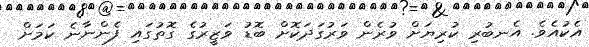
އެކުއެވެ. އެނބުރި ކުރިޔަށް ވުރެން ވަރުގަދަކޮށް ބޮޑު ވަޒީރުގެ ގޮތުގައި ފެންނާނެ ކަމަށް